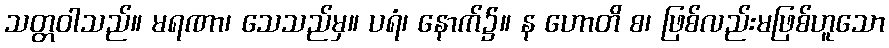
သတ္တဝါသည်။ မရဏာ၊ သေသည်မှ။ ပရံ၊ နောက်၌။ န ဟောတိ စ၊ ဖြစ်လည်းမဖြစ်ဟူသော